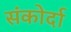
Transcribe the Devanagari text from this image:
संकोर्दा